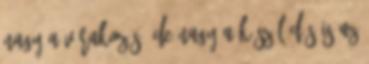
nagy a várakozás, de nagy a készülődés is az